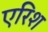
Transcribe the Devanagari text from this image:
एरिश